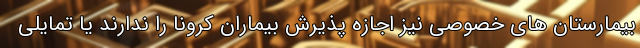
بیمارستان های خصوصی نیز اجازه پذیرش بیماران کرونا را ندارند یا تمایلی